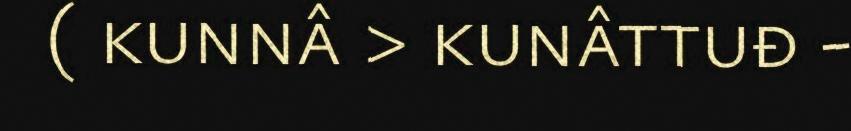
( kunnâ > kunâttuđ -